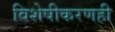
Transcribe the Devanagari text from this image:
विशेषीकरणही